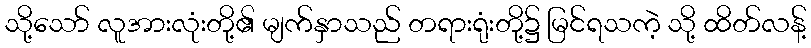
သို့သော် လူအားလုံးတို့၏ မျက်နှာသည် တရားရုံးတို့၌ မြင်ရသကဲ့ သို့ ထိတ်လန့်